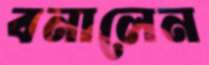
বনালেন